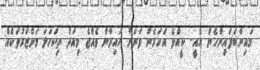
މައިންބަފައިންހެން އެއީ.. ކީއްވެ އަހަރެން ވަރަށް ހައިރާން ވެއްޖެ މިއަދު ތިކަހަލަ މަންޒަރުތަކެއް